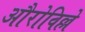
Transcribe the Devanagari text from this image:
औरोविल्ले